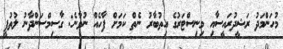
މުހަންމަދު ރަޝީދުރައީސާއި މިނިސްޓަރުގެ އިތުބާރު ނެތް ކަމަށް ފާހެއް ނުވާނެ: ގާސިމްސަންދާނު ލުތުފީ